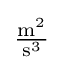
{\tfrac {{\text{m}}^{2}}{{\text{s}}^{3}}}\;